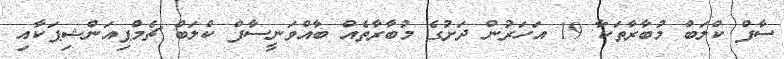
ސާފް ކްލަބް މުބާރާތަކާ 19 އަހަރުން ދަށުގެ މުބާރާތެއް ބާއްވަނީސާފް ކްލަބް ޗެމްޕިއަންޝިޕަކާއި